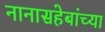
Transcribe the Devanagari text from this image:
नानासहेबांच्या